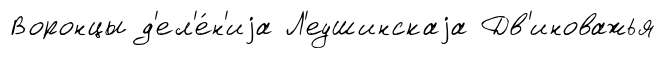
Воронцы д'ел'е́н'иjа Л'еушинскаjа Дв'иноважья